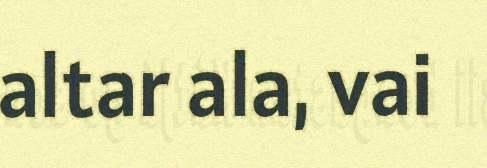
altar ala, vai